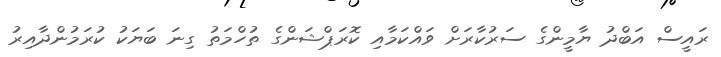
ރައީސް އަބްދު ޔާމީންގެ ސަރުކާރަށް ވައްކަމާއި ކޮރަޕްޝަންގެ ތުހްމަތު ގިނަ ބަޔަކު ކުރަމުންދާއިރު